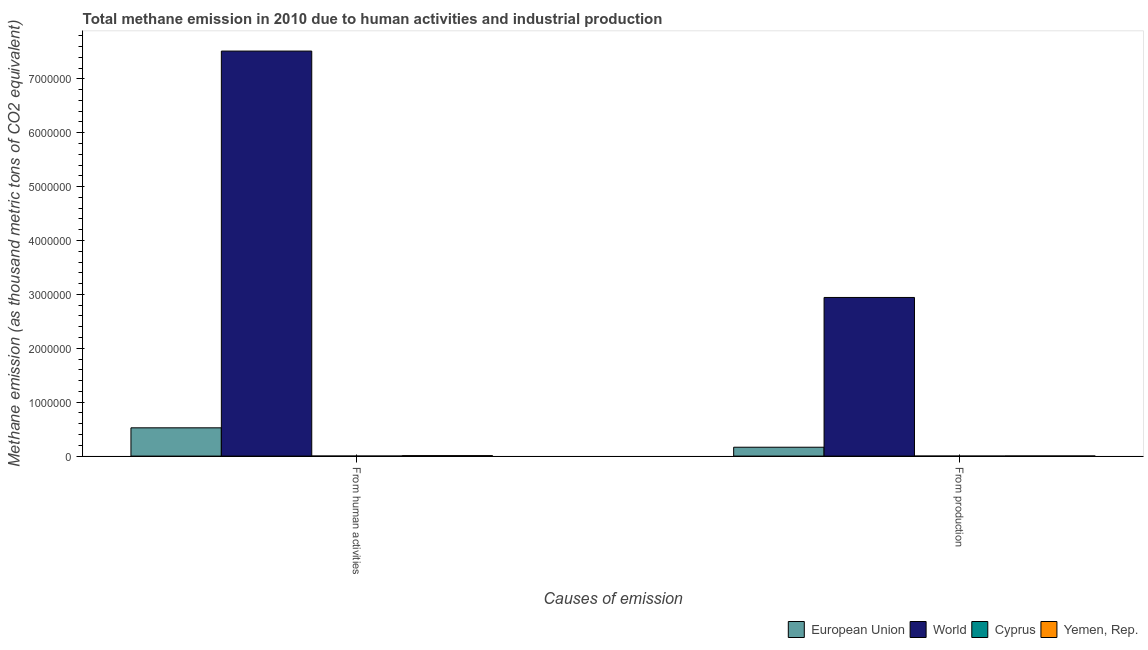
| Causes of emission | European Union | World | Cyprus | Yemen, Rep. |
 | --- | --- | --- | --- | --- |
 | From human activities | 5.25e+05 | 7.52e+06 | 621 | 8.76e+03 |
 | From production | 1.65e+05 | 2.94e+06 | 13.3 | 2.39e+03 |